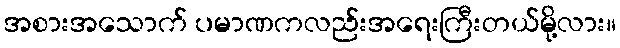
အစားအသောက် ပမာဏကလည်းအရေးကြီးတယ်မို့လား။